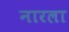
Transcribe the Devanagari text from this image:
नारला